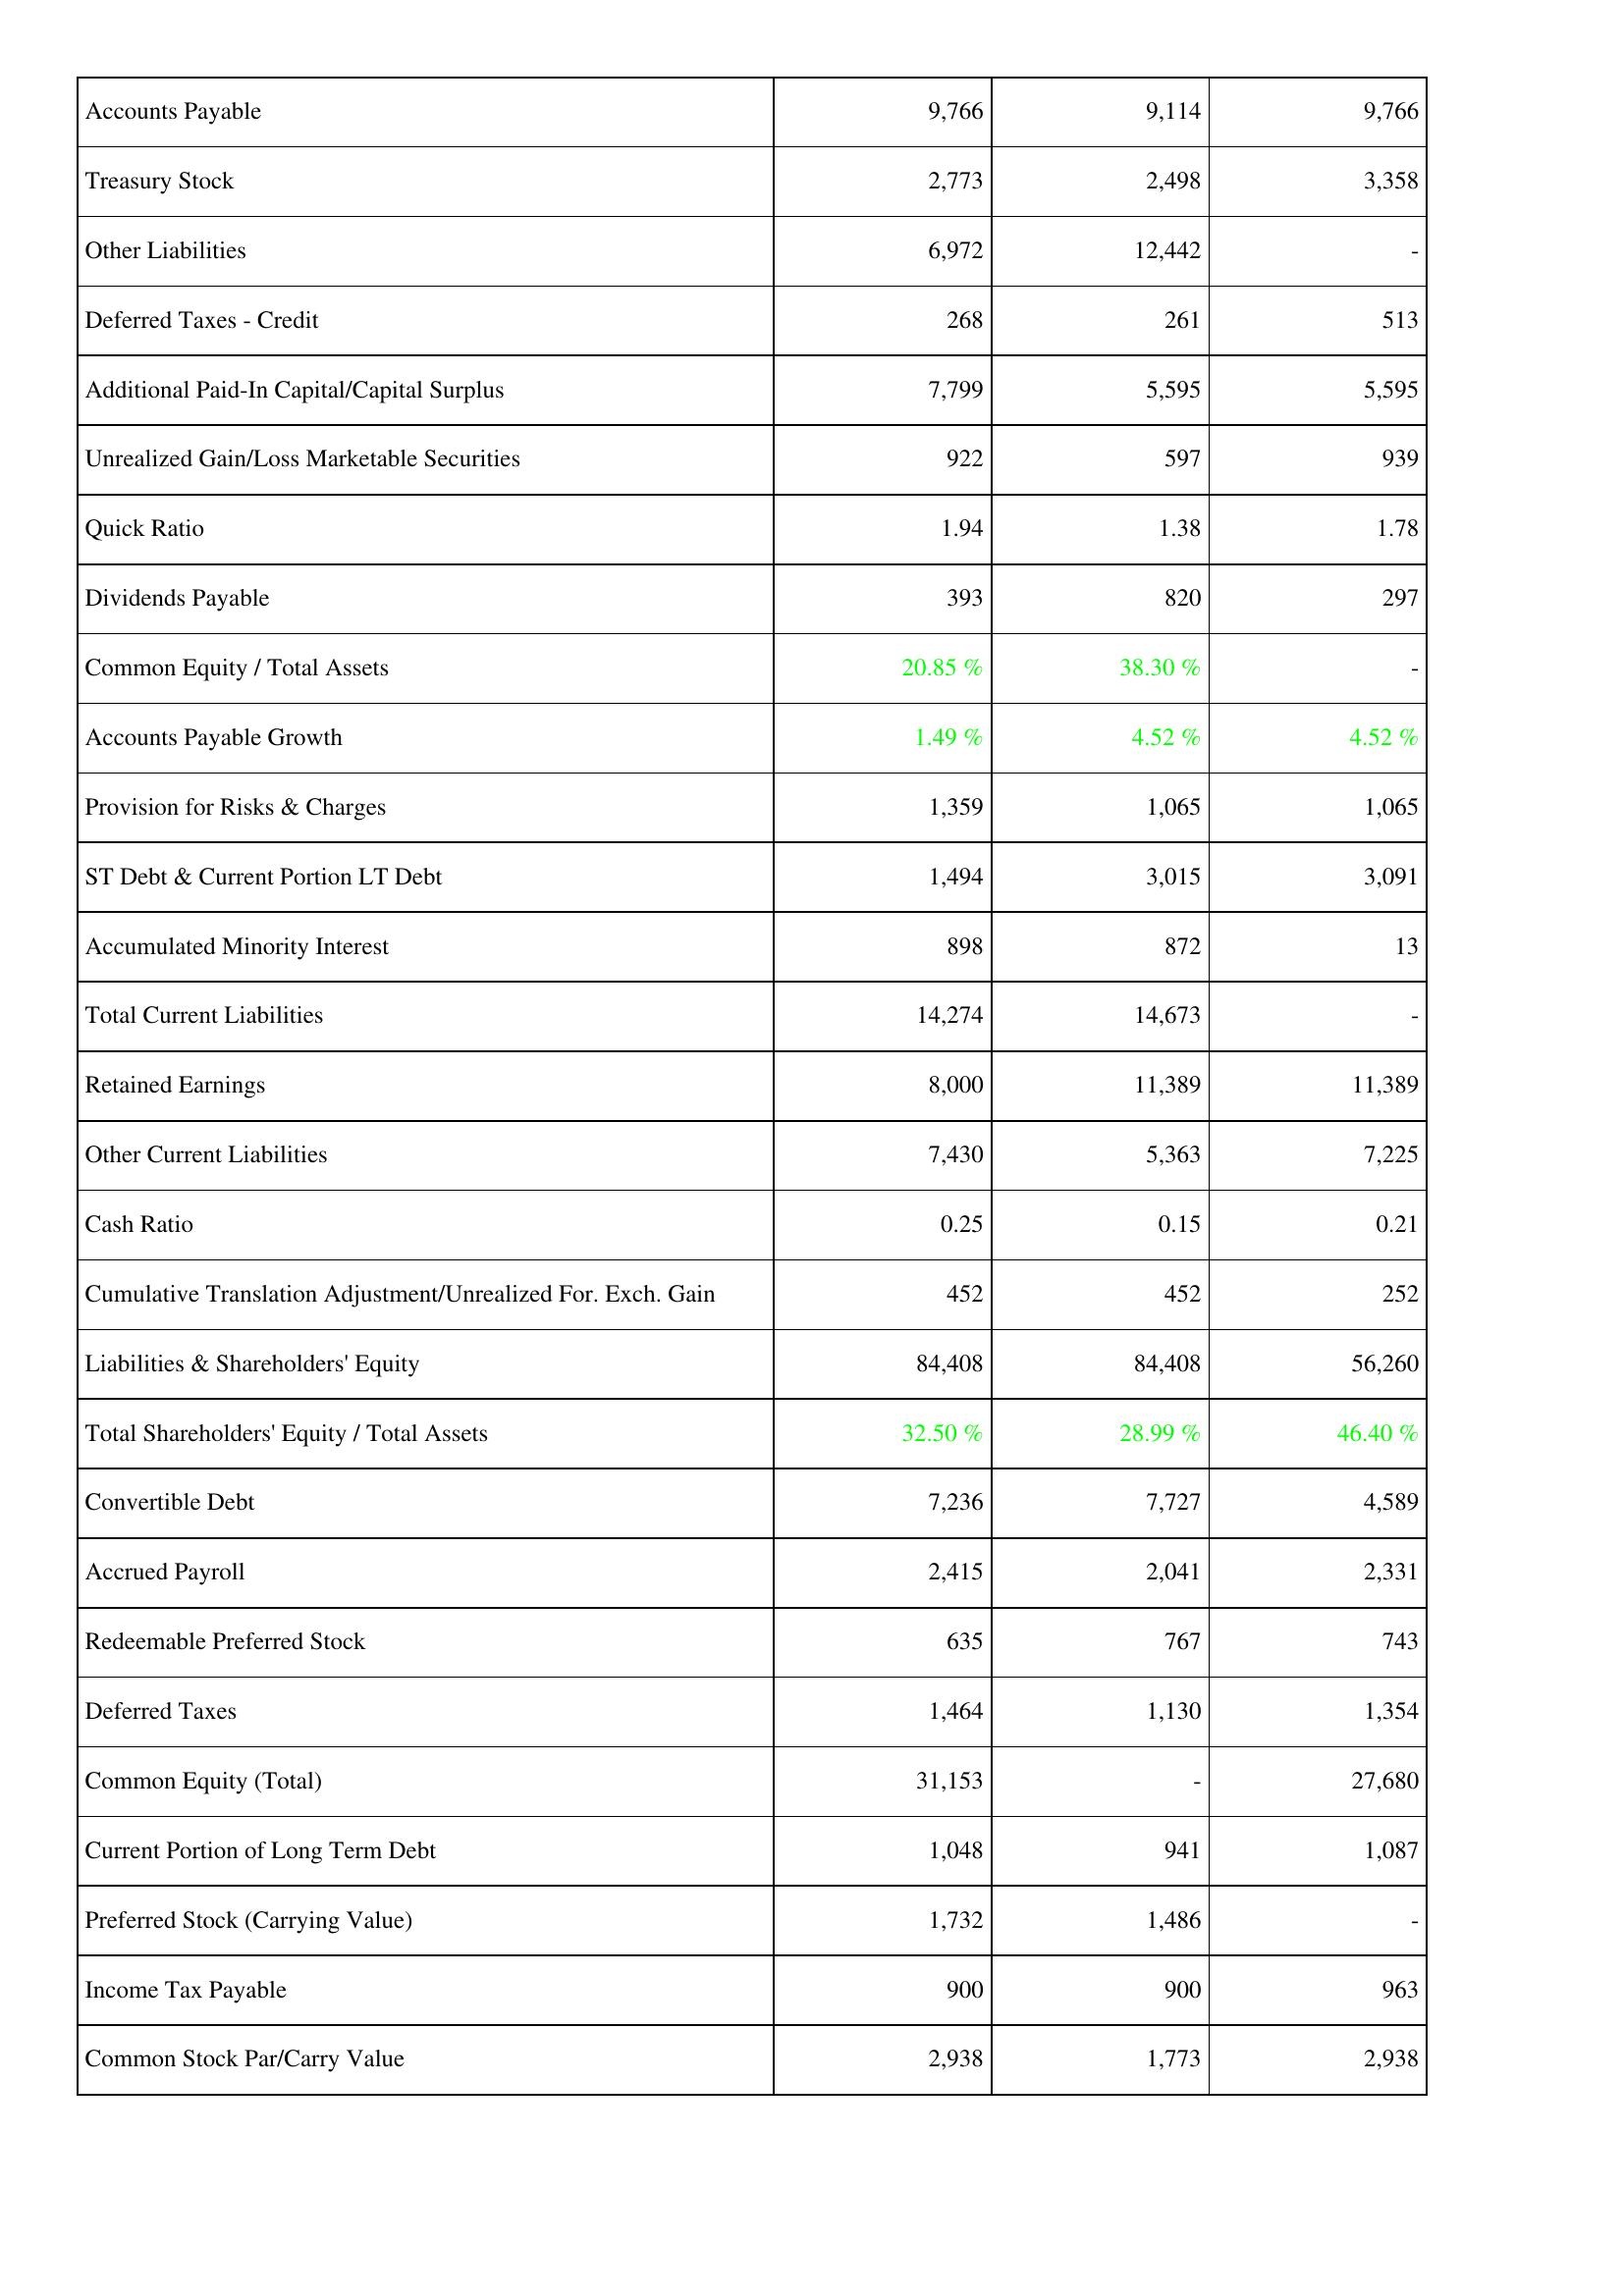
2018: Liabilities & Shareholders' Equity: Accounts Payable: 9,766
Treasury Stock: 2,773
Other Liabilities: 6,972
Deferred Taxes - Credit: 268
Additional Paid-In Capital/Capital Surplus: 7,799
Unrealized Gain/Loss Marketable Securities: 922
Quick Ratio: 1.94
Dividends Payable: 393
Common Equity / Total Assets: 20.85 %
Accounts Payable Growth: 1.49 %
Provision for Risks & Charges: 1,359
ST Debt & Current Portion LT Debt: 1,494
Accumulated Minority Interest: 898
Total Current Liabilities: 14,274
Retained Earnings: 8,000
Other Current Liabilities: 7,430
Cash Ratio: 0.25
Cumulative Translation Adjustment/Unrealized For. Exch. Gain: 452
Liabilities & Shareholders' Equity: 84,408
Total Shareholders' Equity / Total Assets: 32.50 %
Convertible Debt: 7,236
Accrued Payroll: 2,415
Redeemable Preferred Stock: 635
Deferred Taxes: 1,464
Common Equity (Total): 31,153
Current Portion of Long Term Debt: 1,048
Preferred Stock (Carrying Value): 1,732
Income Tax Payable: 900
Common Stock Par/Carry Value: 2,938
2019: Liabilities & Shareholders' Equity: Accounts Payable: 9,114
Treasury Stock: 2,498
Other Liabilities: 12,442
Deferred Taxes - Credit: 261
Additional Paid-In Capital/Capital Surplus: 5,595
Unrealized Gain/Loss Marketable Securities: 597
Quick Ratio: 1.38
Dividends Payable: 820
Common Equity / Total Assets: 38.30 %
Accounts Payable Growth: 4.52 %
Provision for Risks & Charges: 1,065
ST Debt & Current Portion LT Debt: 3,015
Accumulated Minority Interest: 872
Total Current Liabilities: 14,673
Retained Earnings: 11,389
Other Current Liabilities: 5,363
Cash Ratio: 0.15
Cumulative Translation Adjustment/Unrealized For. Exch. Gain: 452
Liabilities & Shareholders' Equity: 84,408
Total Shareholders' Equity / Total Assets: 28.99 %
Convertible Debt: 7,727
Accrued Payroll: 2,041
Redeemable Preferred Stock: 767
Deferred Taxes: 1,130
Common Equity (Total): -
Current Portion of Long Term Debt: 941
Preferred Stock (Carrying Value): 1,486
Income Tax Payable: 900
Common Stock Par/Carry Value: 1,773
2020: Liabilities & Shareholders' Equity: Accounts Payable: 9,766
Treasury Stock: 3,358
Other Liabilities: -
Deferred Taxes - Credit: 513
Additional Paid-In Capital/Capital Surplus: 5,595
Unrealized Gain/Loss Marketable Securities: 939
Quick Ratio: 1.78
Dividends Payable: 297
Common Equity / Total Assets: -
Accounts Payable Growth: 4.52 %
Provision for Risks & Charges: 1,065
ST Debt & Current Portion LT Debt: 3,091
Accumulated Minority Interest: 13
Total Current Liabilities: -
Retained Earnings: 11,389
Other Current Liabilities: 7,225
Cash Ratio: 0.21
Cumulative Translation Adjustment/Unrealized For. Exch. Gain: 252
Liabilities & Shareholders' Equity: 56,260
Total Shareholders' Equity / Total Assets: 46.40 %
Convertible Debt: 4,589
Accrued Payroll: 2,331
Redeemable Preferred Stock: 743
Deferred Taxes: 1,354
Common Equity (Total): 27,680
Current Portion of Long Term Debt: 1,087
Preferred Stock (Carrying Value): -
Income Tax Payable: 963
Common Stock Par/Carry Value: 2,938